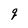
Character: q